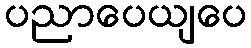
ပညာပေယျပေ